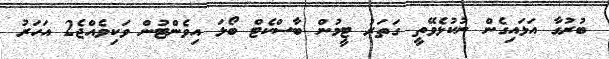
ބުރުގާ އަޅައިގެން ނުކުޅެވޭތީ ގަތަރު ޓީމުން ބާސްކެޓް ބޯޅަ އިވެންޓުން ވަކިވެއްޖެ2 އަހަރު